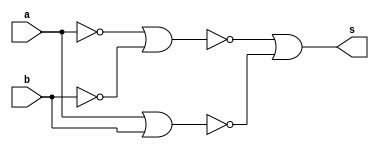
/*
Aluno: Gabriel Samarane Ribeiro [1313414]
Matricula: 725052
Matria: Arquitetura de Computadores-1
Guia_0505
*/


module Guia_0505(output s, input a, input b);

  //	Funo:	~(a^b) = 
  //	nor: ~(a|b)
  //	~(a^b) = (~a&~b) | (a&b) = ~(a|b) | (~a|~b)
  	//Dados
	wire not_a;
	wire not_b;
	wire w1, w2;
	wire not_or;

  	
  	//Portas
  	
  	nor NOTa(not_a,a,a);
  	
  	nor NOTb(not_b,b,b);
  	
  	nor NOR1(w1,not_a,not_b);
	
	nor NOR2(w2,a,b);
	
	nor OR(not_or,w1,w2);
	
	nor final(s,not_or,not_or);

endmodule


module teste;

	//Dados para teste
	
	reg a;
	reg b;
	wire s;
	
	Guia_0505 moduloTeste(s,a,b);

initial
	begin: main
	
	
		$display("Guia_0505 - GabrielSamaraneRibeiro - 1313414");
		$display("Test module");
		$display(" a - b - s ");
		
		// projetar testes do modulo
		/*
			Fazendo a tabela verdade para prever resultados
			
				| a | b |  ~(a^b) | 
				|---|---|---------|
				| 0 | 0 |    1    |
				| 0 | 1 |    0    |
				| 1 | 0	|    0    |
				| 1 | 1 |    1	  |
		*/
		
		
		$monitor("%4b %4b %4b", a, b, s);					
		 a = 1'b0; b = 1'b0;
		#1
		 a = 1'b0; b = 1'b1;
		#1
		 a = 1'b1; b = 1'b0;
		#1
		 a = 1'b1; b = 1'b1;
	end
endmodule